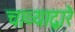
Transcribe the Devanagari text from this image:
चाव्याद्वारे